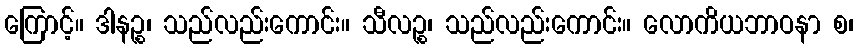
ကြောင့်။ ဒါနဉ္စ၊ သည်လည်းကောင်း။ သီလဉ္စ၊ သည်လည်းကောင်း။ လောကိယဘာဝနာ စ၊